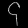
Digit: ၄